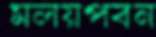
মলয়পবন